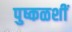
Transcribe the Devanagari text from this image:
पुष्कळशीं